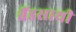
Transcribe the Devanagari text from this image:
बैंडसाथी